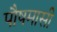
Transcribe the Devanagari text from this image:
पौषमासी